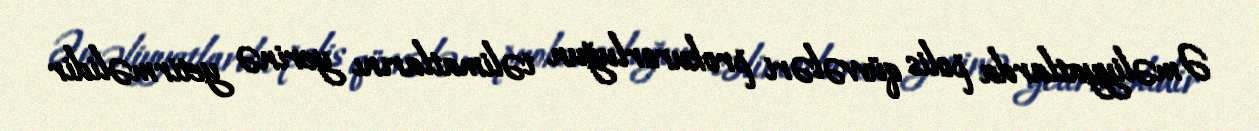
Əməliyyatlarda polis qüvvələri prokurorluğun təlimatlarını yerinə yetirməlidir